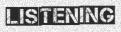
LISTENING